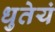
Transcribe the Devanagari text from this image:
धुतेयं